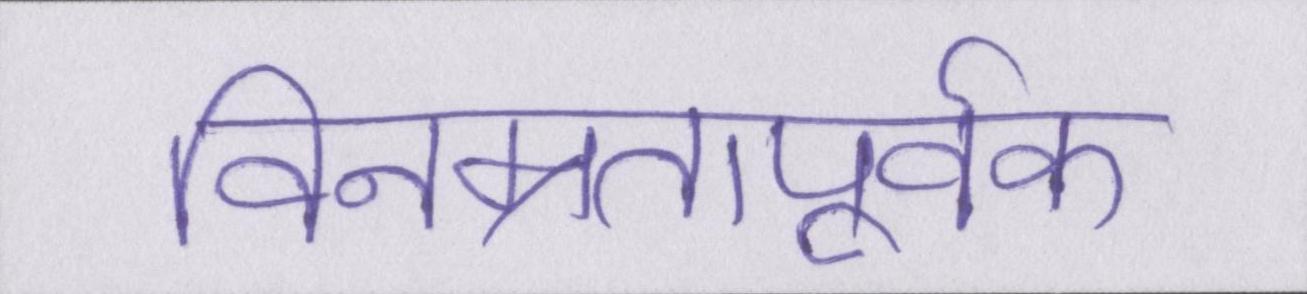
विनम्रतापूर्वक